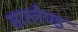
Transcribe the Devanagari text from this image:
सारलैण्ड